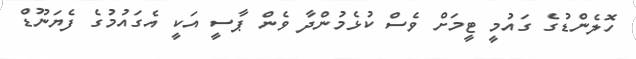
ހޮލެންޑުގެ ގައުމީ ޓީމަށް ވެސް ކުޅެމުންދާ ވެން ޕާސީ އަކީ އެގައުމުގެ ފެޔަނޫޑް